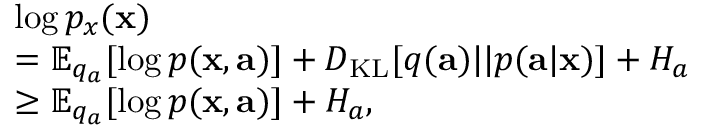
\begin{array} { r l } & { \log p _ { x } ( \mathbf { x } ) } \\ & { = \mathbb { E } _ { q _ { a } } [ \log p ( \mathbf { x } , \mathbf { a } ) ] + D _ { \operatorname { K L } } [ q ( \mathbf { a } ) | | p ( \mathbf { a } | \mathbf { x } ) ] + H _ { a } } \\ & { \geq \mathbb { E } _ { q _ { a } } [ \log p ( \mathbf { x } , \mathbf { a } ) ] + H _ { a } , } \end{array}